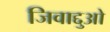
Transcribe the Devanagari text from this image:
जिवाद्दुओ